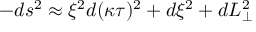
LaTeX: - d s ^ { 2 } \approx \xi ^ { 2 } d ( \kappa \tau ) ^ { 2 } + d \xi ^ { 2 } + d L _ { \perp } ^ { 2 }